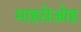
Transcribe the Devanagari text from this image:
माहसेओह